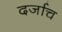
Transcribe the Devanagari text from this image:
दर्जाच